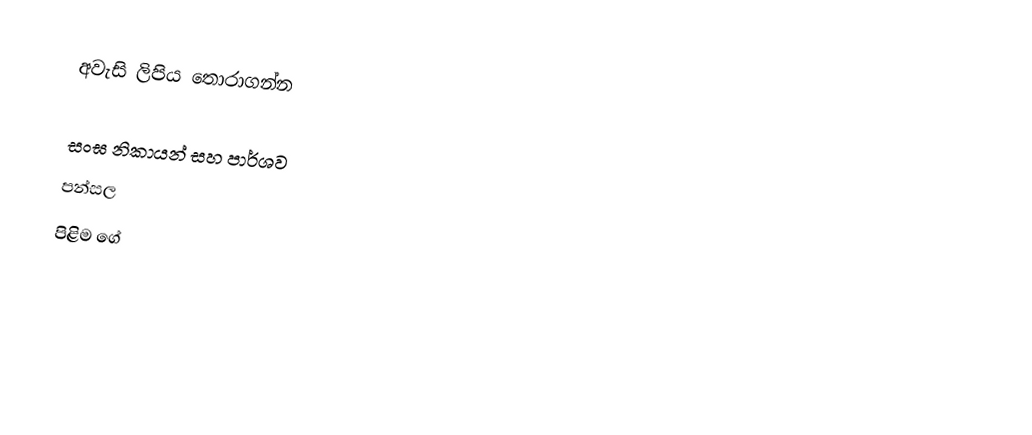
අවැසි ලිපිය තොරාගන්න

 සංඝ නිකායන් සහ පාර්ශව
 පන්සල
 පිළිම ගේ